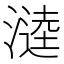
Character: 𭲗